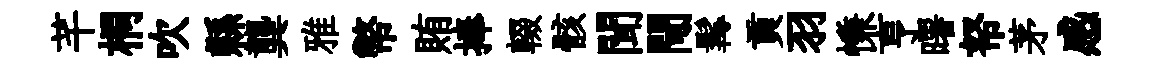
芊桐吹縣龔雅幣賄捧輟骸聞閜髯貢羽慊亨曙帑茅感